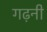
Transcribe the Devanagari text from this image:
गढ़नी